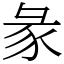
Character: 彖